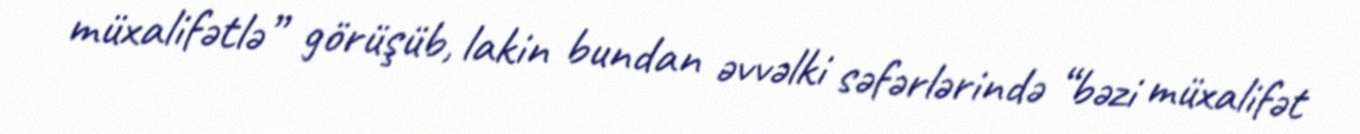
müxalifətlə” görüşüb, lakin bundan əvvəlki səfərlərində “bəzi müxalifət